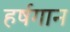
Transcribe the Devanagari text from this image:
हर्षगान